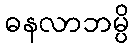
ဓနလာဘမ္ပိ